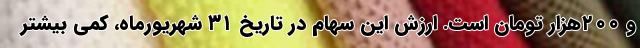
و ۲۰۰هزار تومان است. ارزش این سهام در تاریخ ۳۱ شهریورماه، کمی بیشتر